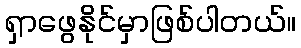
ရှာဖွေနိုင်မှာဖြစ်ပါတယ်။